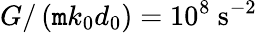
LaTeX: G/\left(\mathtt{m}k_{0}d_{0}\right)=10^{8}~\mathrm{{s^{-2}}}